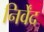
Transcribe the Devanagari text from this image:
निर्वेंद